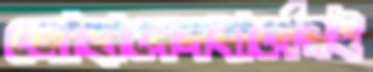
জোহানেসবার্গেরই